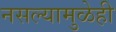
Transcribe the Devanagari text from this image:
नसल्यामुळेही